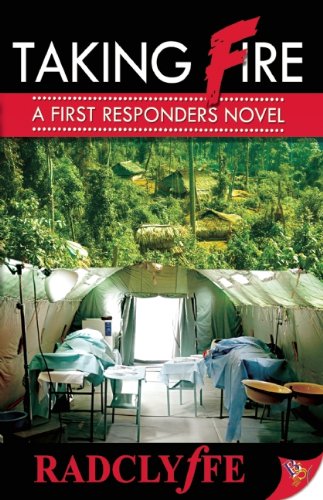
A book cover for Taking Fire: A First Responders Novel; Radclyffe; Romance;